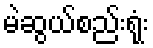
မဲဆွယ်စည်းရုံး